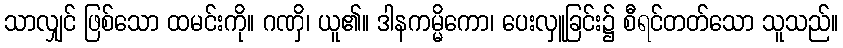
သာလျှင် ဖြစ်သော ထမင်းကို။ ဂဏှိ၊ ယူ၏။ ဒါနကမ္မိကော၊ ပေးလှူခြင်း၌ စီရင်တတ်သော သူသည်။